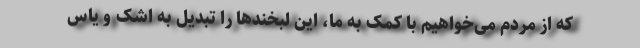
که از مردم می‌خواهیم با کمک به ما، این لبخندها را تبدیل به اشک و یأس